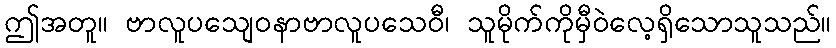
ဤအတူ။ ဗာလူပသျေဝနာဗာလူပသေဝီ၊ သူမိုက်ကိုမှီဝဲလေ့ရှိသောသူသည်။